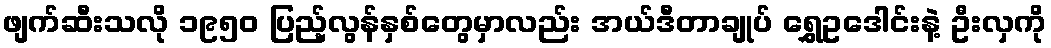
ဖျက်ဆီးသလို ၁၉၅၀ ပြည့်လွန်နှစ်တွေမှာလည်း အယ်ဒီတာချုပ် ရွှေဥဒေါင်းနဲ့ ဦးလှကို